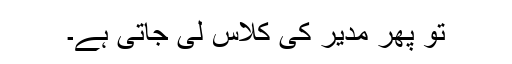
تو پھر مدیر کی کلاس لی جاتی ہے۔